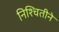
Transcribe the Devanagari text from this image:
निश्चितीने